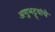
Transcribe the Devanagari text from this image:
अणुभट्ट्यांचे